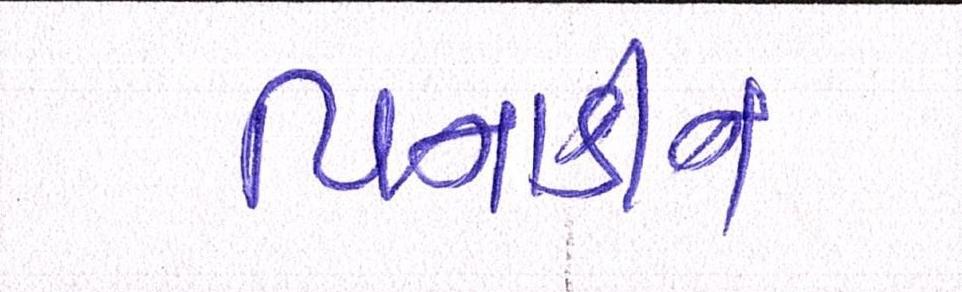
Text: પિનાકીન